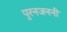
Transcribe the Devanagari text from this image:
पुरनजननी